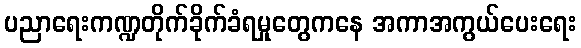
ပညာရေးကဏ္ဍတိုက်ခိုက်ခံရမှုတွေကနေ အကာအကွယ်ပေးရေး